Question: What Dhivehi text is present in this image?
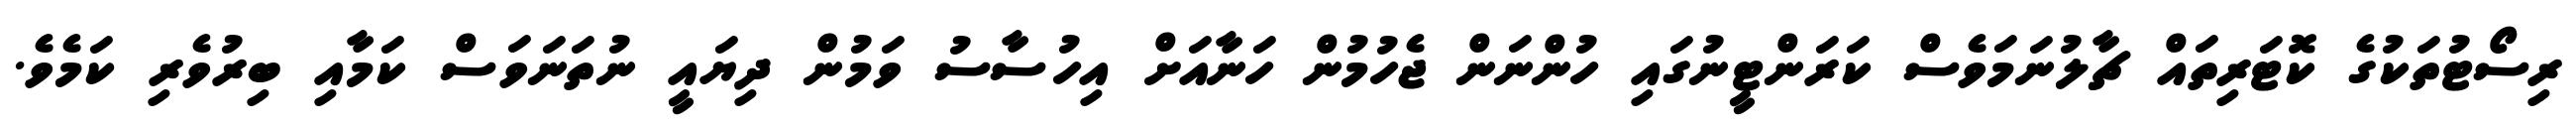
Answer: ރިސޯޓުތަކުގެ ކޮޓަރިތައް ޗާލުނަމަވެސް ކަރަންޓީނުގައި ހުންނަން ޖެހުމުން ހަނާއަށް އިހުސާސު ވަމުން ދިޔައީ ނުތަނަވަސް ކަމާއި ބިރުވެރި ކަމެވެ.